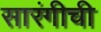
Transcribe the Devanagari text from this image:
सारंगीची